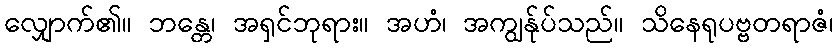
လျှောက်၏။ ဘန္တေ၊ အရှင်ဘုရား။ အဟံ၊ အကျွန်ုပ်သည်။ သိနေရုပဗ္ဗတရာဇံ၊